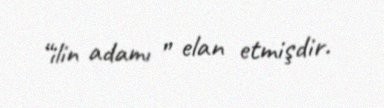
“ilin adamı ” elan etmişdir.